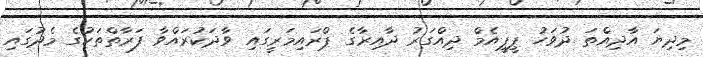
މިދިޔަ އާދިއްތަ ދުވަހު ޕީޕީއެމް ދިއްގަރު ދާއިރާގެ ޕްރައިމަރީގައި ވާދަކުރައްވާ ފަރާތްތަކުގެ މެދުގައި